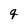
Character: q